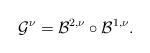
LaTeX: \begin{align*}\mathcal{G}^\nu = \mathcal{B}^{2,\nu}\circ \mathcal{B}^{1,\nu}.\end{align*}